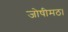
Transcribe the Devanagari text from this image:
जोषीमठ।